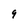
Character: 9